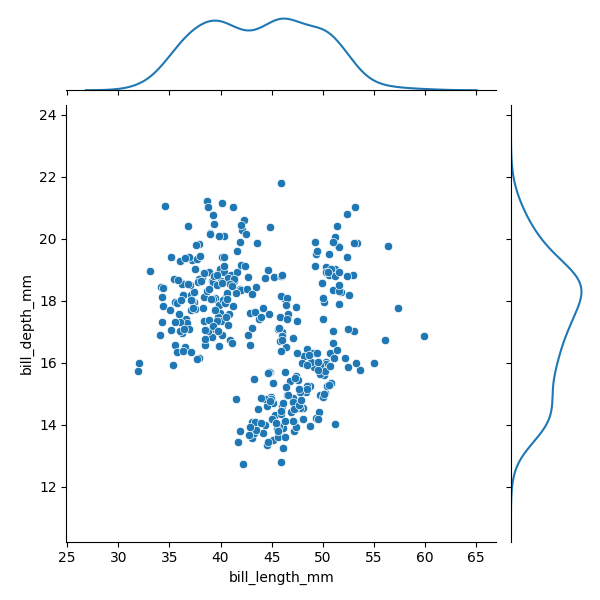
python, seaborn, JointGrid, scatterplot, kdeplot